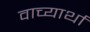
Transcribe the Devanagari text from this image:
वाच्यार्था